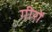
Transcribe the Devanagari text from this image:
गीरों